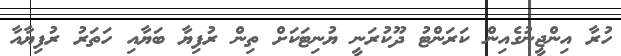
ހުރާ އިންޖީނުގެއިން ކަރަންޓު ދޫކުރަނީ ޔުނިޓަކަށް ތިން ރުފިޔާ ބަޔާއި ހަތަރު ރުފިޔާއާ